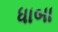
ધાબા